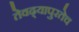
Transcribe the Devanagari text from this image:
तेवढ्यापुरतेच